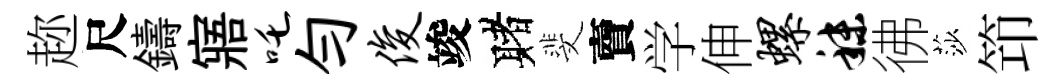
趂尺鑄寤吒勻俊竣赌斐𧶠学伸螺秣彿莎笻